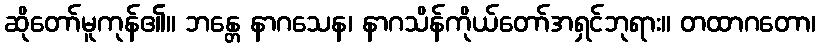
ဆိုတော်မူကုန်၏။ ဘန္တေ နာဂသေန၊ နာဂသိန်ကိုယ်တော်အရှင်ဘုရား။ တထာဂတော၊